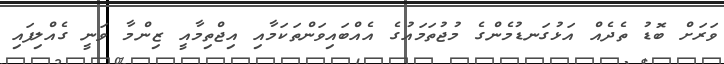
ވަރަށް ބޮޑު ތެދެއް އަޅުގަނޑުމެންގެ މުޖުތަމައުގެ އެއްބައިވަންތަކަމާއި އިޖްތިމާއީ ޒިންމާ ވަނީ ގެއްލިފައި